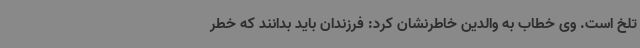
تلخ است. وی خطاب به والدین خاطرنشان کرد: فرزندان باید بدانند که خطر